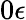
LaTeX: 0\epsilon